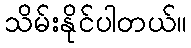
သိမ်းနိုင်ပါတယ်။